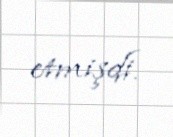
etmişdi.